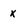
Character: x